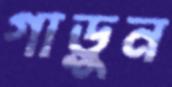
গাড়ুন